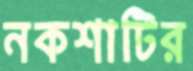
নকশাটির